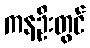
ကနဦးတွင်